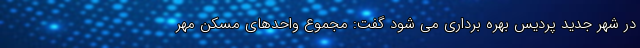
در شهر جدید پردیس بهره برداری می شود گفت: مجموع واحدهای مسکن مهر